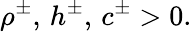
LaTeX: \rho^{\pm},\, h^{\pm},\, c^{\pm}>0.